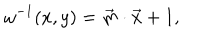
LaTeX: \omega ^ { - 1 } ( x , y ) = \vec { m } \cdot \vec { x } + 1 ,